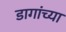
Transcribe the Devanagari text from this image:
डागांच्या